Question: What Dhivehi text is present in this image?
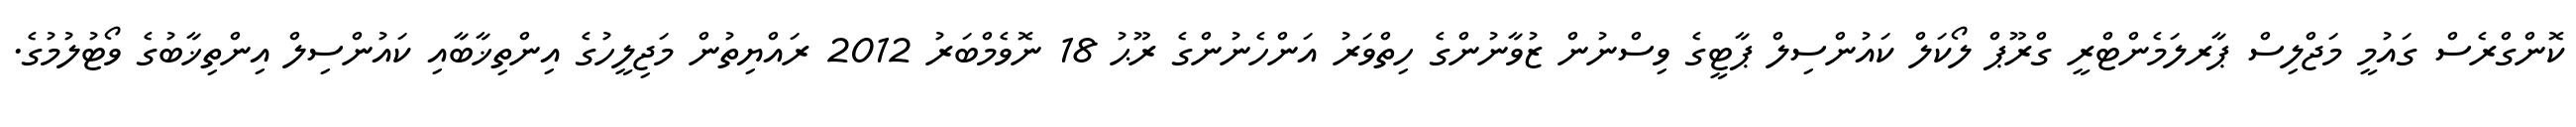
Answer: ކޮންގްރެސް ގައުމީ މަޖްލިސް ޕާރލަމެންޓްރީ ގްރޫޕް ލޯކަލް ކައުންސިލް ޕާޓީގެ ވިސްނުން ޒުވާނުންގެ ހިތްވަރު އަންހެނުންގެ ރޫޙު 18 ނޮވެމްބަރު 2012 ރައްޔިތުން މަޖިލީހުގެ އިންތިޚާބާއި ކައުންސިލް އިންތިޚާބުގެ ވޯޓުލުމުގެ.